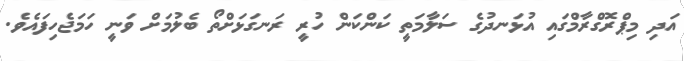
އަދި މިޕްރޮގްރާމްގައި އުޅަނދުގެ ސަލާމަތީ ކަންކަން ހުރީ ރަނގަޅަށްތޯ ބެލުމަށް ވަނީ ހަަމަޖެހިފައެވެ.